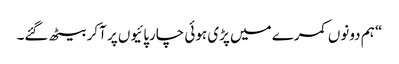
“ ہم دونوں کمرے میں پڑی ہوئی چارپائیوں پر آکر بیٹھ گئے۔